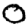
Digit: 0